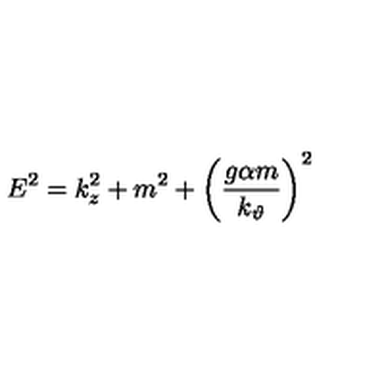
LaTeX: E ^ { 2 } = k _ { z } ^ { 2 } + m ^ { 2 } + \left( \frac { g \alpha m } { k _ { \vartheta } } \right) ^ { 2 }